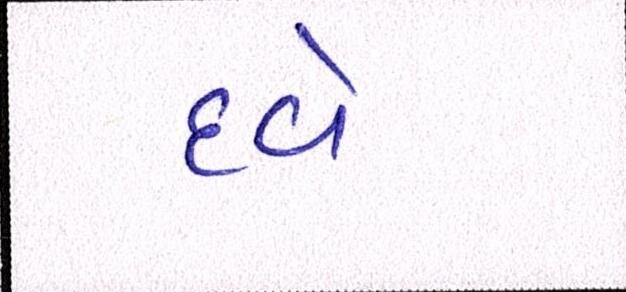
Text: દવે